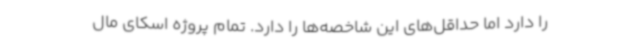
را دارد اما حداقل‌های این شاخصه‌ها را دارد. تمام پروژه اسکای مال